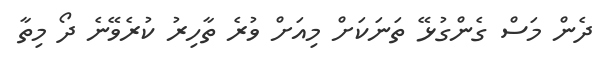
ދެން މަސް ގެންގުޅޭ ތަނަކަށް މިއަށް ވުރެ ތާހިރު ކުރެވޭނެ ދޯ މިތާ